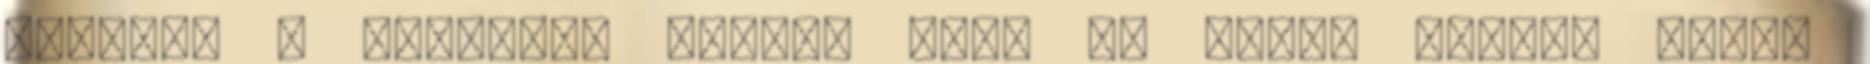
vagytok : Mennyire kedves volt ez Tőled szinte látom